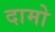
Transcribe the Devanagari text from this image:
दामो